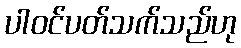
ပါဝင်ပတ်သက်သည်ဟု